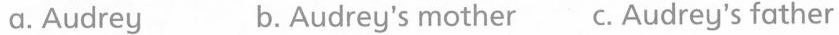
a.Audrey b.Audrey's mother c. Audrey's father